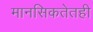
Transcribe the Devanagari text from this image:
मानसिकतेतही